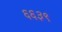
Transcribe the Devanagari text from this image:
६६३९